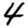
Digit: 4